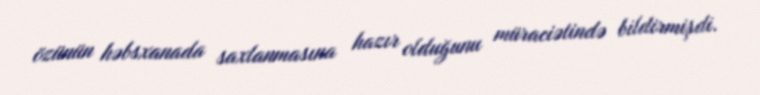
özünün həbsxanada saxlanmasına hazır olduğunu müraciətində bildirmişdi.